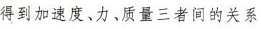
得到加速度、力、质量三者间的关系